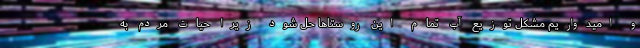
و امیدواریم مشکل توزیع آب تمام این روستاها حل شود زیرا حیات مردم به